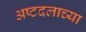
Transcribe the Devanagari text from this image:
अष्टदलाच्या